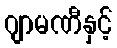
ဂျာမဏီနှင့်